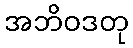
အဘိဝဒတု